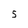
Character: 5